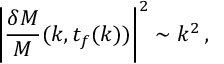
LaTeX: \left| { \frac { \delta M } { M } } ( k , t _ { f } ( k ) ) \right| ^ { 2 } \sim k ^ { 2 } \, ,